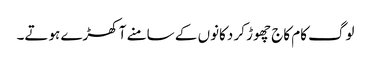
لوگ کام کاج چھوڑ کر دکانوں کے سامنے آ کھڑے ہوتے۔